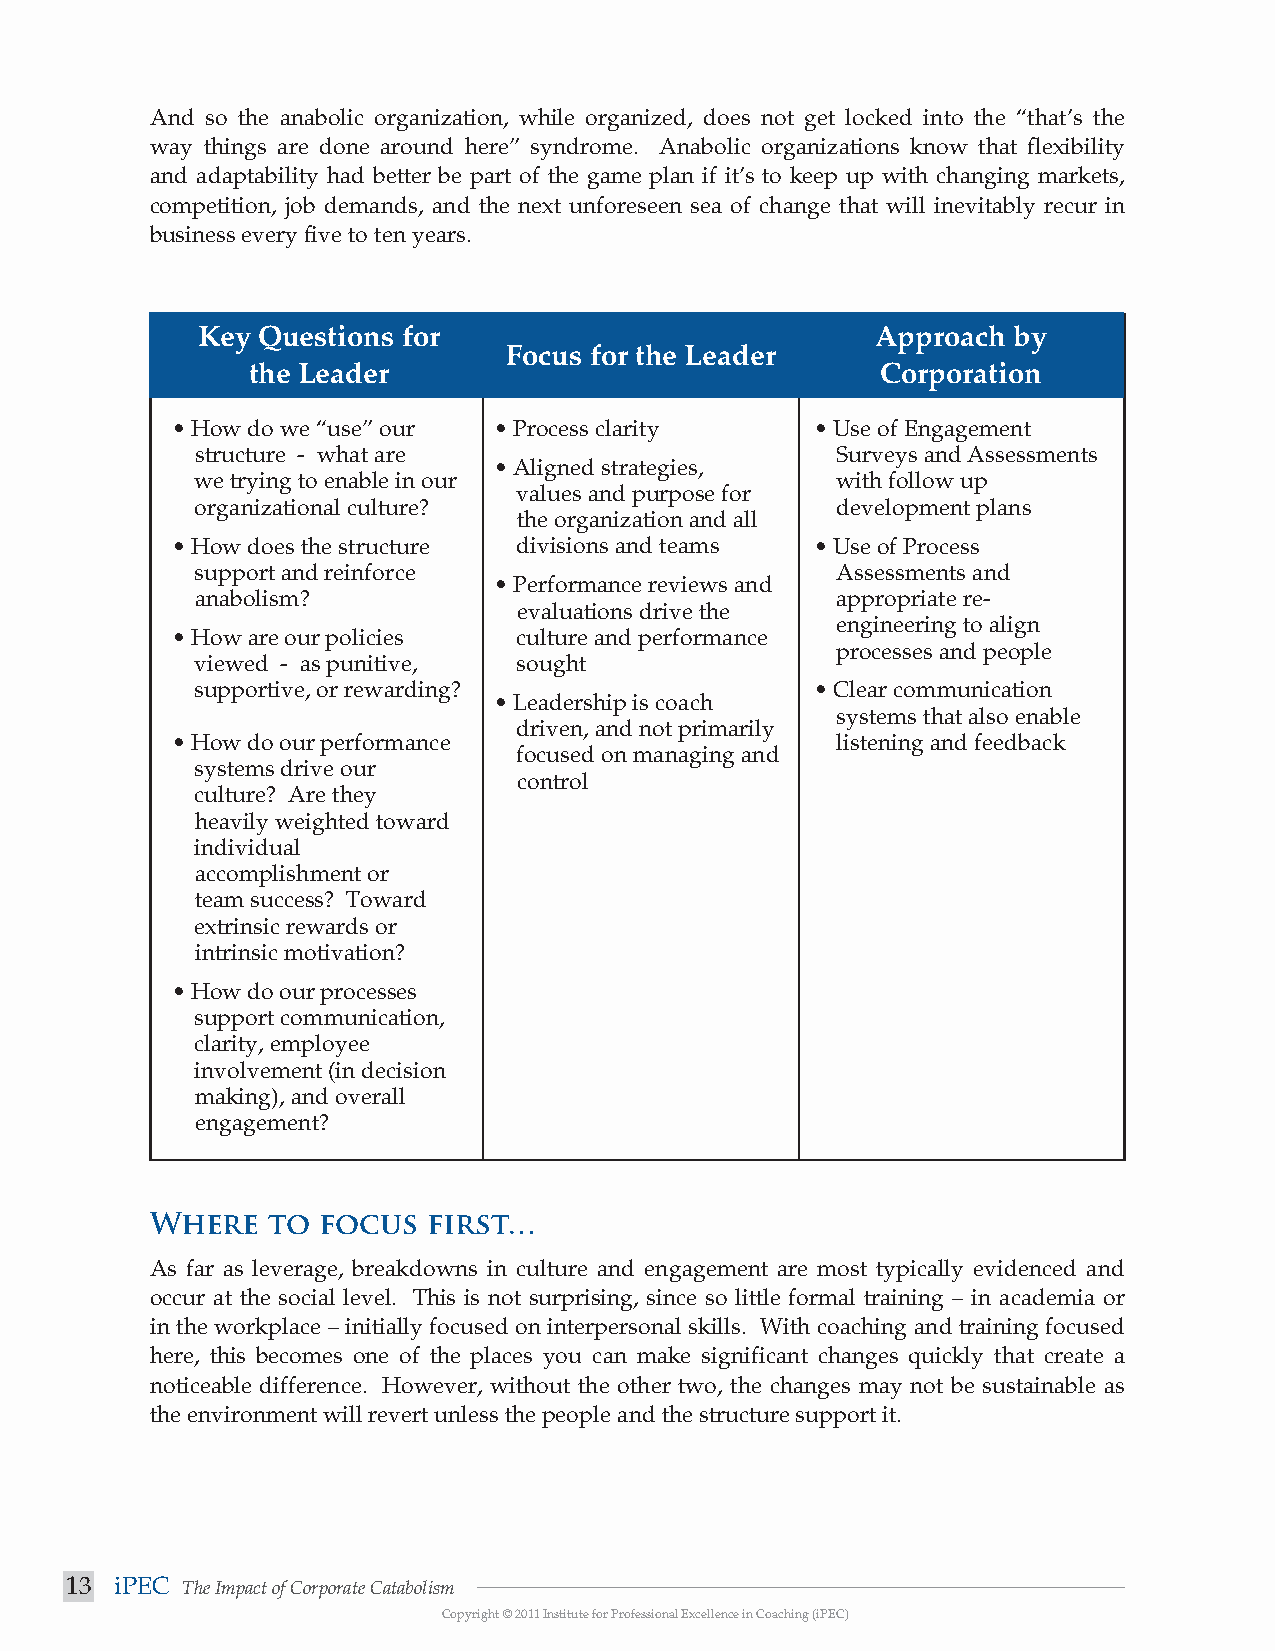
And so the anabolic organization, while organized, does not get locked into the “that’s the
 way things are done around here” syndrome. Anabolic organizations know that flexibility
 and adaptability had better be part of the game plan if it’s to keep up with changing markets,
 competition, job demands, and the next unforeseen sea of change that will inevitably recur in
 business every five to ten years.
 Key Questions for                            Approach by
 Focus for the Leader
 the Leader                                Corporation
 • How do we “use” our • Process clarity    • Use of Engagement
 structure - what are                      Surveys and Assessments
 • Aligned strategies,
 we trying to enable in our                with follow up
 values and purpose for
 organizational culture?                   development plans
 the organization and all
 • How does the structure divisions and teams • Use of Process
 support and reinforce                     Assessments and
 • Performance reviews and
 anabolism?                                appropriate re-
 evaluations drive the
 engineering to align
 • How are our policies culture and performance
 processes and people
 viewed - as punitive, sought
 supportive, or rewarding?                • Clear communication
 • Leadership is coach
 systems that also enable
 driven, and not primarily
 • How do our performance                    listening and feedback
 focused on managing and
 systems drive our
 control
 culture? Are they
 heavily weighted toward
 individual
 accomplishment or
 team success? Toward
 extrinsic rewards or
 intrinsic motivation?
 • How do our processes
 support communication,
 clarity, employee
 involvement (in decision
 making), and overall
 engagement?
 Where   to focus  first…
 As far as leverage, breakdowns in culture and engagement are most typically evidenced and
 occur at the social level. This is not surprising, since so little formal training – in academia or
 in the workplace – initially focused on interpersonal skills. With coaching and training focused
 here, this becomes one of the places you can make significant changes quickly that create a
 noticeable difference. However, without the other two, the changes may not be sustainable as
 the environment will revert unless the people and the structure support it.
 13  iPEC The Impact of Corporate Catabolism
 Copyright © 2011 Institute for Professional Excellence in Coaching (iPEC)